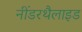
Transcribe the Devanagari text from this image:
नींडरथैलाइड